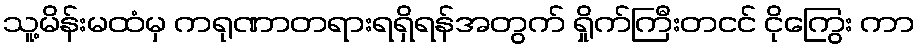
သူ့မိန်းမထံမှ ကရုဏာတရားရရှိရန်အတွက် ရှိုက်ကြီးတငင် ငိုကြွေး ကာ